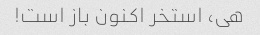
هی، استخر اکنون باز است!